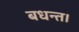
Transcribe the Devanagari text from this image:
बधन्त।